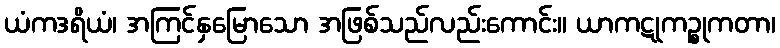
ယံကဒရိယံ၊ အကြင်နှမြောသော အဖြစ်သည်လည်းကောင်း။ ယာကဋုကဉ္စုကတာ၊